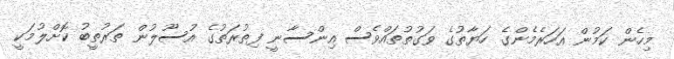
މިހެން ކަމުން އަހަރެމެންގެ ހަޔާތުގެ ވަގުތުތައްވެސް އިންސާނީ ފިތުރަތުގެ އުސޫލުން ތަރުތީބު ކޮށްލުމަކީ